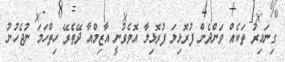
ގިނައިރު ތަކެއް ވަންދެން ފުރޮޅިލަ ފުރޮޅިލާ އޮވެވުނީ އާޒިމްއާ ދޭތެރޭ ހިތްހަމަ ނުޖެހުނު